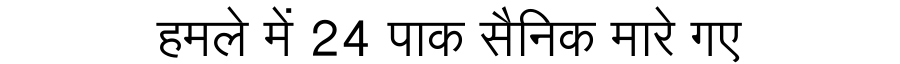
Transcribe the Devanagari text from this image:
हमले में 24 पाक सैनिक मारे गए